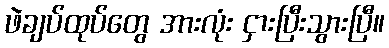
ဖဲချပ်ထုပ်တွေ အားလုံး ငှားပြီးသွားပြီ။